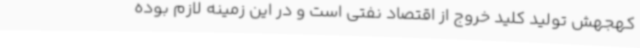
کهجهش تولید کلید خروج از اقتصاد نفتی است و در این زمینه لازم بوده